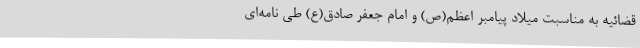
قضائیه به مناسبت میلاد پیامبر اعظم(ص) و امام جعفر صادق(ع) طی نامه‌ای